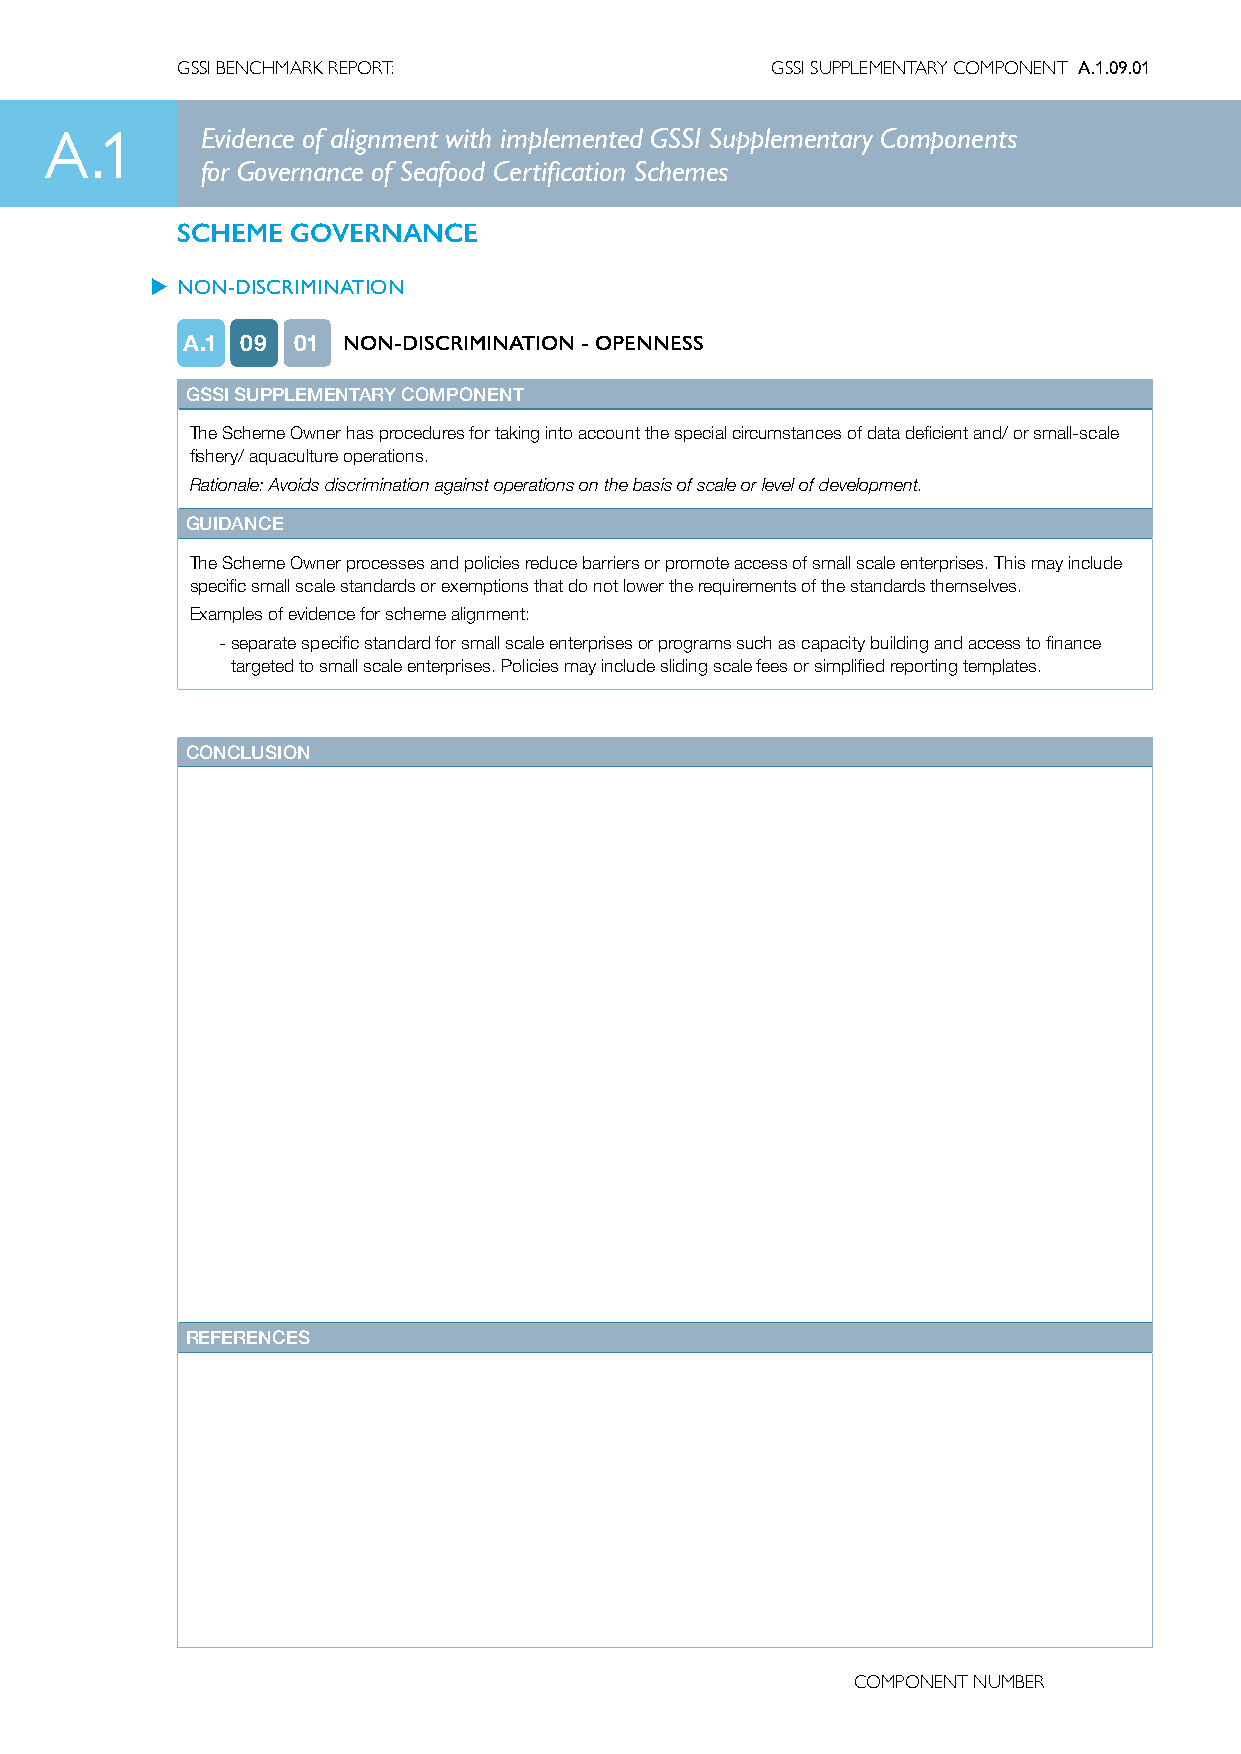
GSSI BENCHMARK REPORT:                 GSSI SUPPLEMENTARY COMPONENT A.1.09.01
 A.1       Evidence of alignment with implemented GSSI Supplementary Components
 for Governance of Seafood Certification Schemes
 SCHEME GOVERNANCE
 u NON-DISCRIMINATION
 A.1 09 01  NON-DISCRIMINATION - OPENNESS
 GSSI SUPPLEMENTARY COMPONENT
 The Scheme Owner has procedures for taking into account the special circumstances of data deficient and/ or small-scale
 fishery/ aquaculture operations.
 Rationale: Avoids discrimination against operations on the basis of scale or level of development.
 GUIDANCE
 The Scheme Owner processes and policies reduce barriers or promote access of small scale enterprises. This may include
 specific small scale standards or exemptions that do not lower the requirements of the standards themselves.
 Examples of evidence for scheme alignment:
 - separate specific standard for small scale enterprises or programs such as capacity building and access to finance
 targeted to small scale enterprises. Policies may include sliding scale fees or simplified reporting templates.
 CONCLUSION
 REFERENCES
 COMPONENT NUMBER